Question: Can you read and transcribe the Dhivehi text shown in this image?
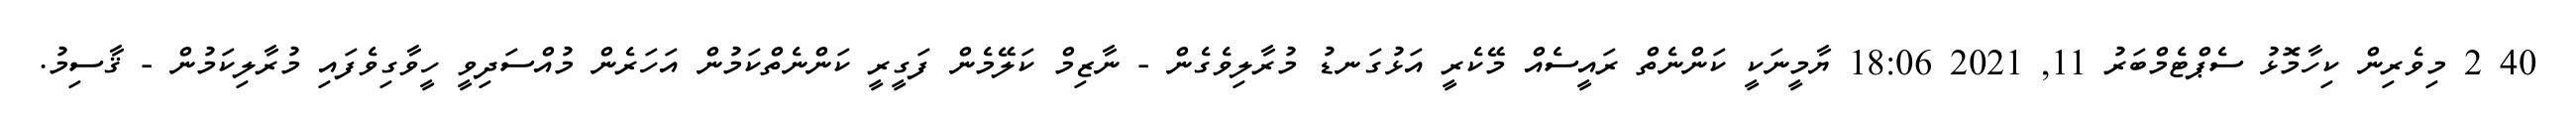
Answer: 40 2 މިވެރިން ކިހާމޮޅު ސެޕްޓެމްބަރު 11, 2021 18:06 ޔާމީނަކީ ކަންނެތް ރައީސެއް މޭކެރީ އަޅުގަނޑު މުރާލިވެގެން - ނާޒިމް ކަލޭމެން ފަގީރީ ކަންނެތްކަމުން އަހަރެން މުއްސަދިވީ ހީވާގިވެފައި މުރާލިކަމުން - ޤާސިމު.